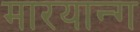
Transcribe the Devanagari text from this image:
मारयान्ग